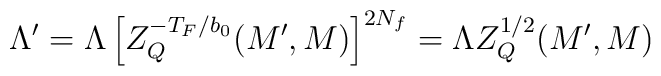
\Lambda' = \Lambda \left[ Z_Q^{- T_F/b_0}(M', M)\right]^{2 N_f}  = \Lambda Z_Q^{1/2}(M', M)